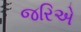
જરિએ